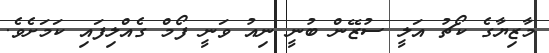
މާޒިޔާގެ ކޯޗު އަލީ ސުޒޭން ބުނީ ނިއު ވަނީ ފޯމް ގެއްލިފައި ކަމަށެވެ.